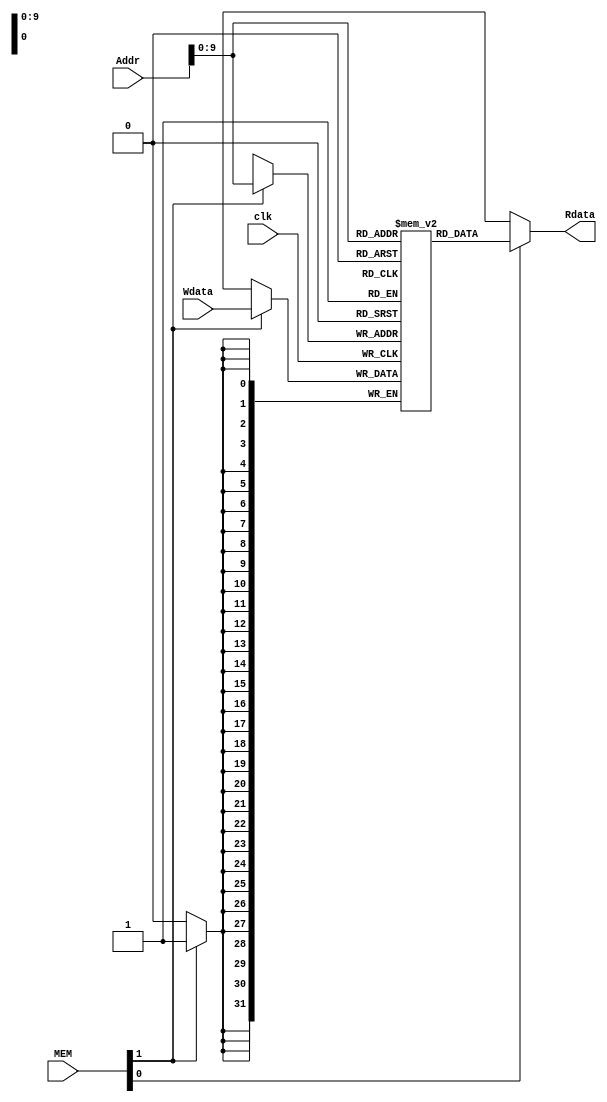
//faked
module data_cache(clk, MEM, Wdata, Addr, Rdata);
  input clk;
  input [1:0] MEM;
  input [31:0] Wdata;
  input [31:0] Addr;
  output [31:0] Rdata;
  
  reg [31:0] d_mem [0:1023];
  integer i;
  
  initial begin
    d_mem[0] = 32'b1;
    for(i = 1; i < 1024; i = i + 1)
      begin
        d_mem[i] = 32'b0;
      end
  end
  
  assign Rdata = (MEM[0] == 1) ? d_mem[Addr[9:0]] : 'bx;
  
  always @(posedge clk) begin
    if(MEM[1] == 1) begin
      d_mem[Addr[9:0]] <= Wdata;
    end
  end
endmodule